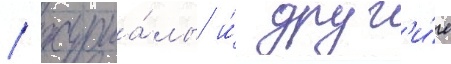
/ журна́лы и́ друг'и́е